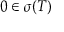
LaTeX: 0 \in \sigma ( T )